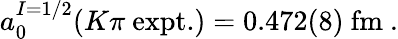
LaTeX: a_{0}^{I=1/2}(K\pi\ \mathrm{expt.})=0.472(8)\ \mathrm{fm}\ .